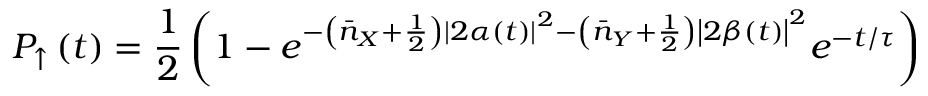
P _ { \uparrow } \left( t \right) = \frac { 1 } { 2 } \left( 1 - e ^ { - \left( { \bar { n } } _ { X } + \frac { 1 } { 2 } \right) \left| 2 \alpha \left( t \right) \right| ^ { 2 } - \left( { \bar { n } } _ { Y } + \frac { 1 } { 2 } \right) \left| 2 \beta \left( t \right) \right| ^ { 2 } } e ^ { - t / \tau } \right)